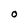
Character: O